Vaccination in Bombay 1869-1873 - 1869-1873
Year: 1869
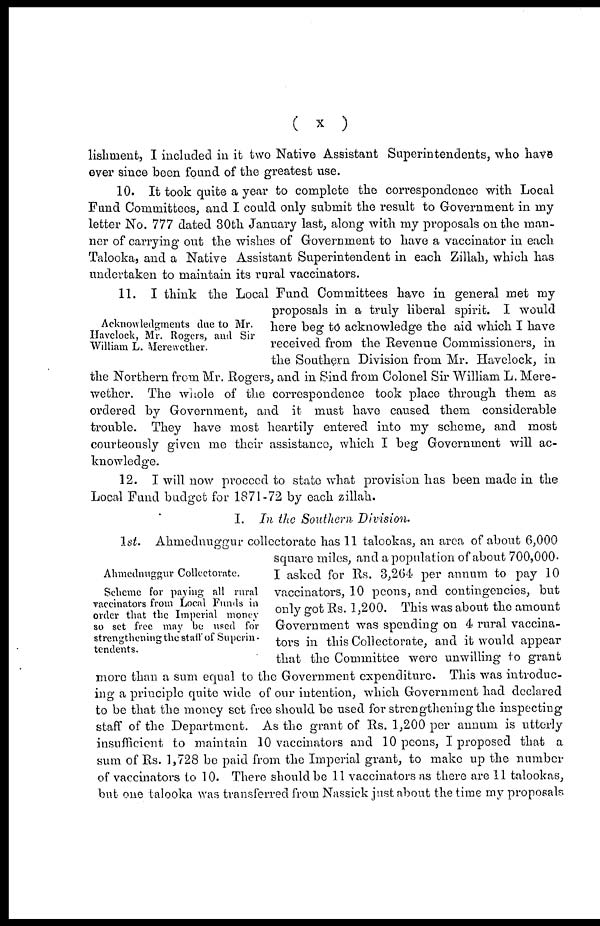
( x )
lishment, I included in it two Native Assistant Superintendents, who have
ever since been found of the greatest use.
10. It took quite a year to complete the correspondence with Local
Fund Committees, and I could only submit the result to Government in my
letter No. 777 dated 30th January last, along with my proposals on the man-
ner of carrying out the wishes of Government to have a vaccinator in each
Talooka, and a Native Assistant Superintendent in each Zillah, which has
undertaken to maintain its rural vaccinators.
Acknowledgments due to Mr.
Havelock, Mr. Rogers, and Sir
William L. Merewether.
11. I think the Local Fund Committees have in general met my
proposals in a truly liberal spirit. I would
here beg to acknowledge the aid which I have
received from the Revenue Commissioners, in
the Southern Division from Mr. Havelock, in
the Northern from Mr. Rogers, and in Sind from Colonel Sir William L. Mere-
wether. The whole of the correspondence took place through them as
ordered by Government, and it must have caused them considerable
trouble. They have most heartily entered into my scheme, and most
courteously given me their assistance, which I beg Government will ac-
knowledge.
12. I will now proceed to state what provision has been made in the
Local Fund budget for 1871-72 by each zillah.
I. In the Southern Division.
Ahmednuggur Collcetorate.
Scheme for paying all rural
vaccinators from Local Funds in
order that the Imperial money
so set free may be used for
strengthening the staff of Superin¬
tendents.
1st. Ahmednuggur collectorate has 11 talookas, an area of about 6,000
square miles, and a population of about 700,000.
I asked for Rs. 3,264 per annum to pay 10
vaccinators, 10 peons, and contingencies, but
only got Rs. 1,200. This was about the amount
Government was spending on 4 rural vaccina-
tors in this Collectorate, and it would appear
that the Committee were unwilling to grant
more than a sum equal to the Government expenditure. This was introduc-
ing a principle quite wide of our intention, which Government had declared
to be that the money set free should be used for strengthening the inspecting
staff of the Department. As the grant of Rs. 1,200 per annum is utterly
insufficient to maintain 10 vaccinators and 10 peons, I proposed that a
sum of Rs. 1,728 be paid from the Imperial grant, to make up the number
of vaccinators to 10. There should be 11 vaccinators as there are 11 talookas,
but one talooka was transferred from Nassick just about the time my proposals